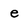
Character: e